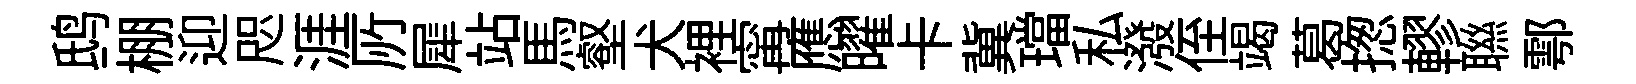
鸱棚迎咫涯𠩄犀站馬壑犬裡𡩋應曜卡冀璫私潑侄竭葛揔轇聮鄠